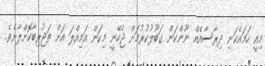
މިއީ ހަމައެކަނި ދިރާސާއެއް ނޫންކަން ގަބޫލުކުރުމަށް ޖެހޭނީ މިކަން އަމިއްލަ އަށް ތަޖުރިބާކޮށްލާށެވެ.